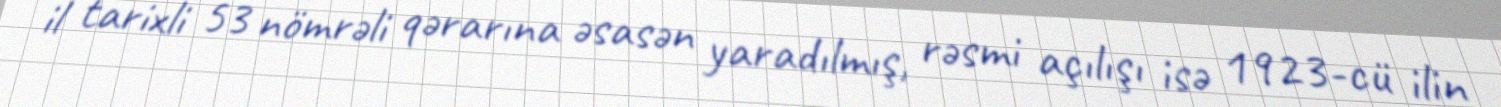
il tarixli 53 nömrəli qərarına əsasən yaradılmış, rəsmi açılışı isə 1923-cü ilin